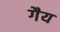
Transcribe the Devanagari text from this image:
गैय